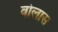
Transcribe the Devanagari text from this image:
वोलास